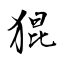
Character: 猑